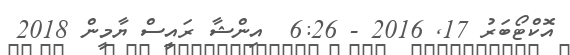
އޮކްޓޯބަރު 17